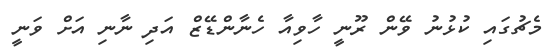
މެޗުގައި ކުޅުނު ވޭން ރޫނީ ހާވިއާ ހެނާންޑޭޒް އަދި ނާނި އަށް ވަނީ